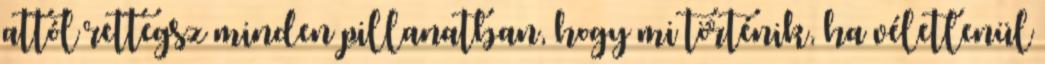
attól rettegsz minden pillanatban, hogy mi történik, ha véletlenül